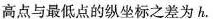
高点与最低点的纵坐标之差为h.